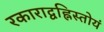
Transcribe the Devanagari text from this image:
रकाराद्वह्निस्तोयं